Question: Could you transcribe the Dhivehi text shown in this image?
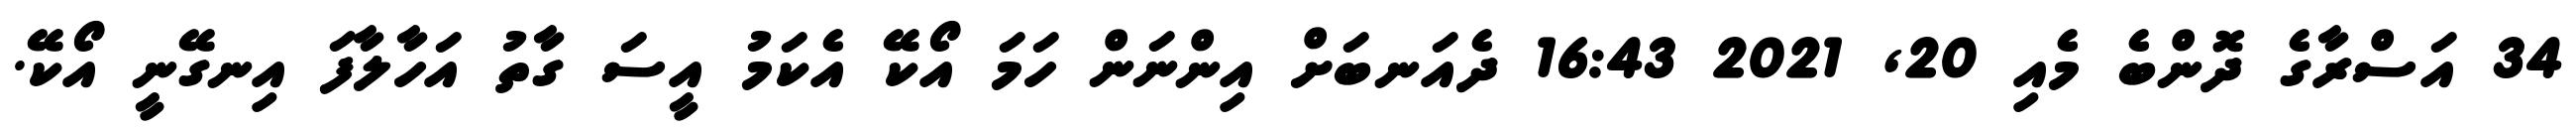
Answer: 34 އަސްރާގެ ދޮންބެ މެއި 20, 2021 16:43 ދެއަނބަށް އިންނަން ހަމަ އޯކޭ އެކަމު އީސަ ގާތު އަހާލާފަ އިނގޭނީ އޯކޭ.